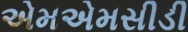
એમએમસીડી